Lock hospitals Punjab
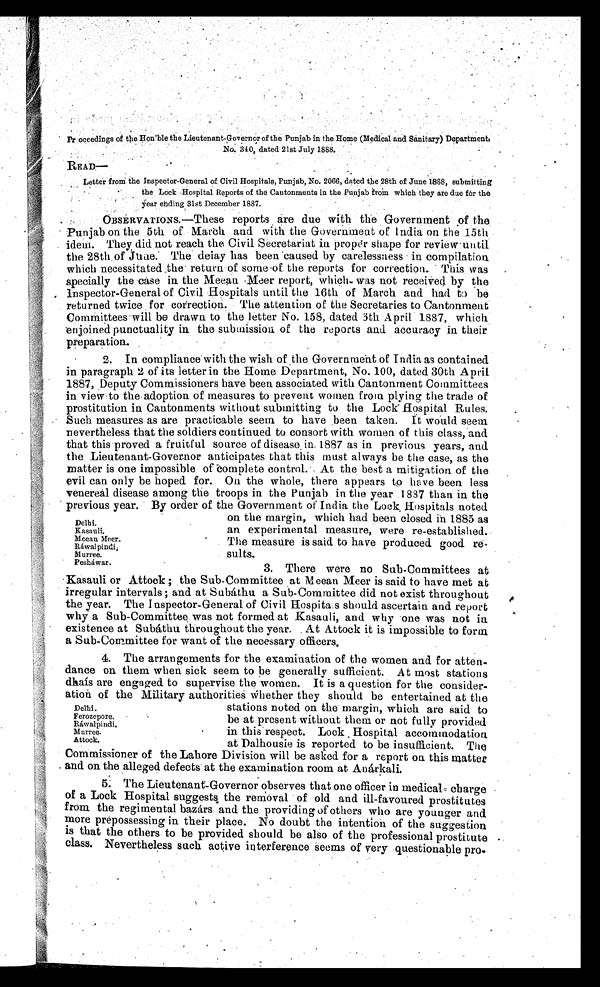
Proceedings of the Hon'ble the Lieutenant-Governor of the Punjab in the Home (Medical and Sanitary) Department,
No. 340, dated 21st July 1888.
READ—
Letter from the Inspector-General of Civil Hospitals, Punjab, No. 2066, dated the 28th of June 1888, submitting
the Lock Hospital Reports of the Cantonments in the Punjab from which they are due for the
year ending 31st December 1887.
s
OBSERVATIONS.—These reports are due with the Government of the
Punjab on the 5th of March and with the Government of India on the 15th
idem. They did not reach the Civil Secretariat in proper shape for review until
the 28th of June. The delay has been caused by carelessness in compilation
which necessitated the return of some of the reports for correction. This was
specially the ease in the Meean Meer report, which- was not received by the
Inspector-General of Civil Hospitals until the 16th of March and. had to be
returned twice for correction. The attention of the Secretaries to Cantonment
Committees will be drawn to the letter No. 158, dated 3th April 1887, which
enjoined punctuality in the submission of the reports and accuracy in their
preparation.
2. In compliance with the wish of the Government of India as contained
in paragraph 2 of its letter in the Home Department, No. 100, dated 30th April
1887, Deputy Commissioners have been associated with Cantonment Committees
in view to the adoption of measures to prevent women from plying the trade of
prostitution in Cantonments without submitting to the Lock Hospital Rules.
Such measures as are practicable seem to have been taken. It would seem
nevertheless that the soldiers continued to consort with women of this class, and
that this proved a fruitful source of disease in 1887 as in. previous years, and
the Lieutenant-Governor anticipates that this must always be the case, as the
matter is one impossible of complete control. At the best a mitigation of the
evil can only be hoped for. On. the whole, there appears to have been less
venereal disease among the troops in the Punjab in the year 1837 than in the
previous year. By order of the Government of India the Lock Hospitals noted
on the margin, which had been closed in 1885 as
an experimental measure, were re-established.
The measure is said to have produced good re-
sults.
3. There were no Sub-Committees at
Kasauli or Attock ; the Sub-Committee at Meean Meer is said to have met at
irregular intervals ; and at Subáthu a Sub-Committee did not exist throughout
the year. The Inspector-General of Civil Hospitals should ascertain and report
why a Sub-Committee was not formed at Kasauli, and why one was not in
existence at Subáthu throughout the year. At Attock it is impossible to form
a Sub-Committee for want of the necessary officers.
4. The arrangements for the examination of the women and for atten-
dance on. them when sick seem to be generally sufficient. At most stations
dkais are engaged to supervise the women. It is a question for the consider-
ation of the Military authorities whether they should be entertained at the
stations noted on the margin, which are said to
be at present without them or not fully provided
in this respect. Lock Hospital accommodation.
at Dalhousie is reported to be insufficient.
The Commissioner of the Lahore Division will be asked for a report on this matter
and on the alleged defects at the examination room at Anárkali.
5. The Lieutenant-Governor observes that one officer in medical charge
of a Lock Hospital suggests the removal of old and ill-favoured prostitutes
from the regimental bazárs and the providing of others who are younger and
more prepossessing in their place. No doubt the intention of the suggestion
is that the others to be provided should be also of the professional prostitute
class. Nevertheless such active interference seems of very questionable pro-
Delhi.
Kasauli.
Meean Meer.
Ráwalpindi.
M urree.
Pesháwar.
Delhi .
Ferozepore.
Rawalpindi.
Murree.
Attock.